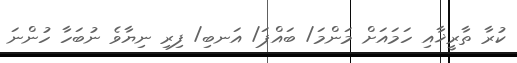
ކުރާ ތާރީޚާއި ހަމައަށް މަންމަ/ ބައްޕަ/ އަނބި/ ފިރި ނިޔާވެ ނުބަހާ ހުންނަ